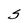
Character: S